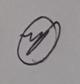
Signature authenticity: genuine